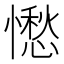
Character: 𱟓